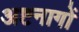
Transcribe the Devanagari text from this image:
अष्टनागों